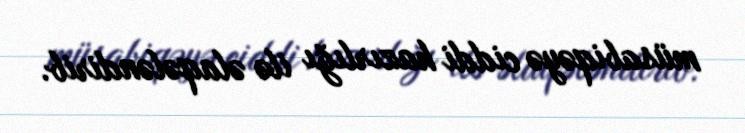
müsabiqəyə ciddi hazırlığı ilə əlaqələndirib.